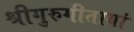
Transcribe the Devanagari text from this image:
श्रीगुरुगीतायां